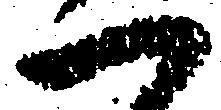
一